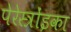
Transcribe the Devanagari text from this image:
पेरेस्त्रोंइका